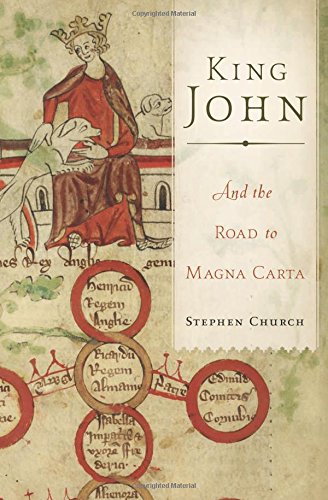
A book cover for King John: And the Road to Magna Carta; Stephen Church; Biographies & Memoirs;